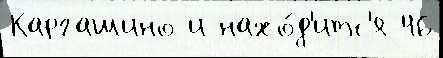
Каргашино и нахо́д'итс'я 46